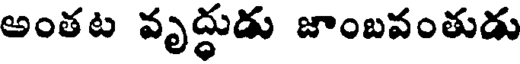
అంతట వృద్ధుడు జాంబవంతుడు